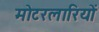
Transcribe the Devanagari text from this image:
मोटरलारियों